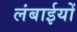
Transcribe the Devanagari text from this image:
लंबाईयों